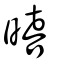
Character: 暿